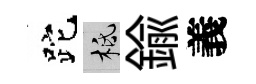
跎柢鍮義